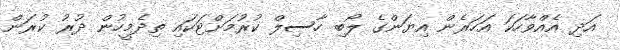
އަދި އެއްވާހަކަ އަހަރެން އިޔަންގެ ލޯބި ހާސިލް ކުރުމަށްޓަކައި ތިދެމީހުން ދުރު ކުރަން